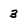
Character: 3